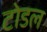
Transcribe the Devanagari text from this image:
टोडल